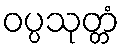
ဝပ္ပသုတ္တံ